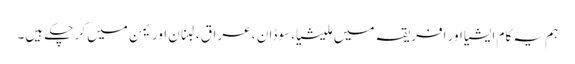
ہم یہ کام ایشیا اور افریقہ میں ملیشیا، سوڈان ، عراق ، لبنان اور یمن میں کر چکے ہیں۔